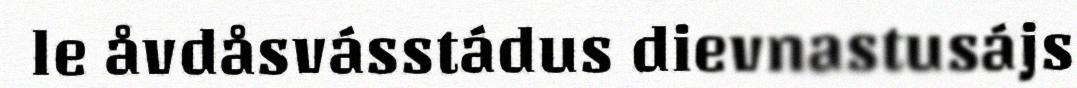
le åvdåsvásstádus dievnastusájs